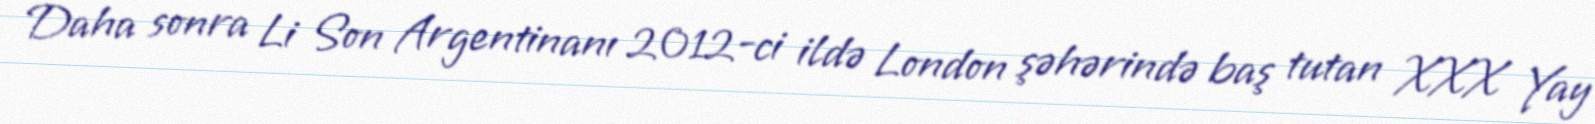
Daha sonra Li Son Argentinanı 2012-ci ildə London şəhərində baş tutan XXX Yay